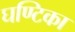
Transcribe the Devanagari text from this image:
घण्टिका